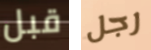
قبل رجل